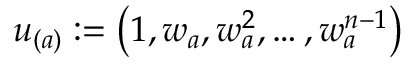
u _ { ( a ) } : = \left( 1 , w _ { a } , w _ { a } ^ { 2 } , \ldots , w _ { a } ^ { n - 1 } \right)